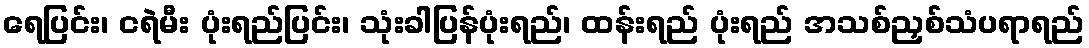
ရေပြင်း၊ ငရဲမီး ပုံးရည်ပြင်း၊ သုံးခါပြန်ပုံးရည်၊ ထန်းရည် ပုံးရည် အသစ်ညှစ်သံပရာရည်